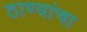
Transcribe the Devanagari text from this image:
ठाण्यांचा